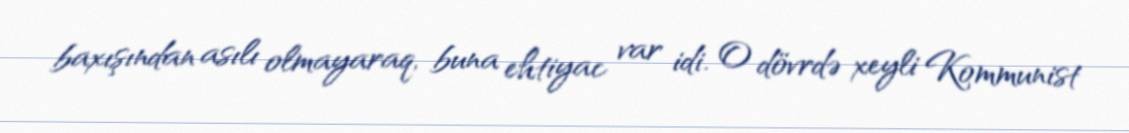
baxışından asılı olmayaraq, buna ehtiyac var idi. O dövrdə xeyli Kommunist